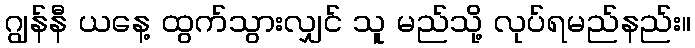
ဂျွန်နီ ယနေ့ ထွက်သွားလျှင် သူ မည်သို့ လုပ်ရမည်နည်း။